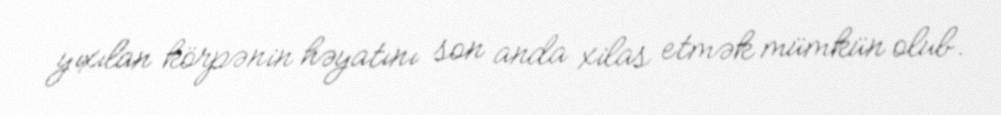
yıxılan körpənin həyatını son anda xilas etmək mümkün olub.